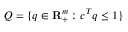
{ \cal Q } = \{ q \in { \mathbf { R } } _ { + } ^ { m } : c ^ { T } q \leq 1 \}